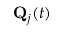
\mathbf { Q } _ { j } ( t )